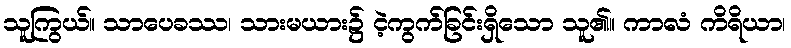
သူကြွယ်။ သာပေခဿ၊ သားမယား၌ ငဲ့ကွက်ခြင်းရှိသော သူ၏။ ကာလံ ကိရိယာ၊